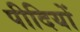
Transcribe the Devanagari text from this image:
पीदियों